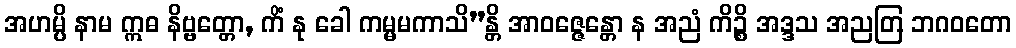
အဟမ္ပိ နာမ ဣဓ နိဗ္ဗတ္တော, ကိံ နု ခေါ ကမ္မမကာသိ”န္တိ အာဝဇ္ဇေန္တော န အညံ ကိဉ္စိ အဒ္ဒသ အညတြ ဘဂဝတော